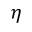
\eta